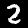
Digit: 2